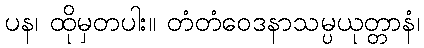
ပန၊ ထိုမှတပါး။ တံတံဝေဒနာသမ္ပယုတ္တာနံ၊